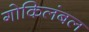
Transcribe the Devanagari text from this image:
गोकिलंबल